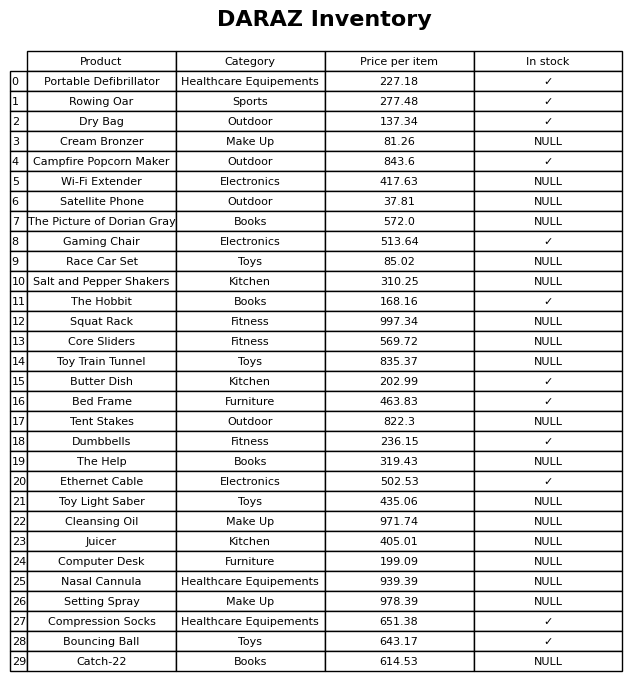
question: What is the price for Ethernet Cable?
answer: The price of Ethernet Cable is 502.53.